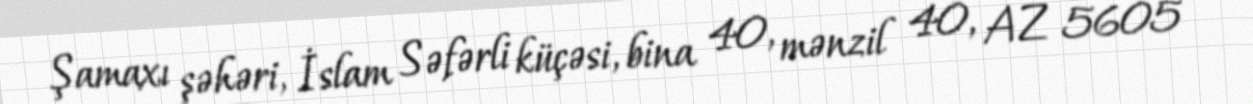
Şamaxı şəhəri, İslam Səfərli küçəsi, bina 40, mənzil 40, AZ 5605